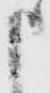
申